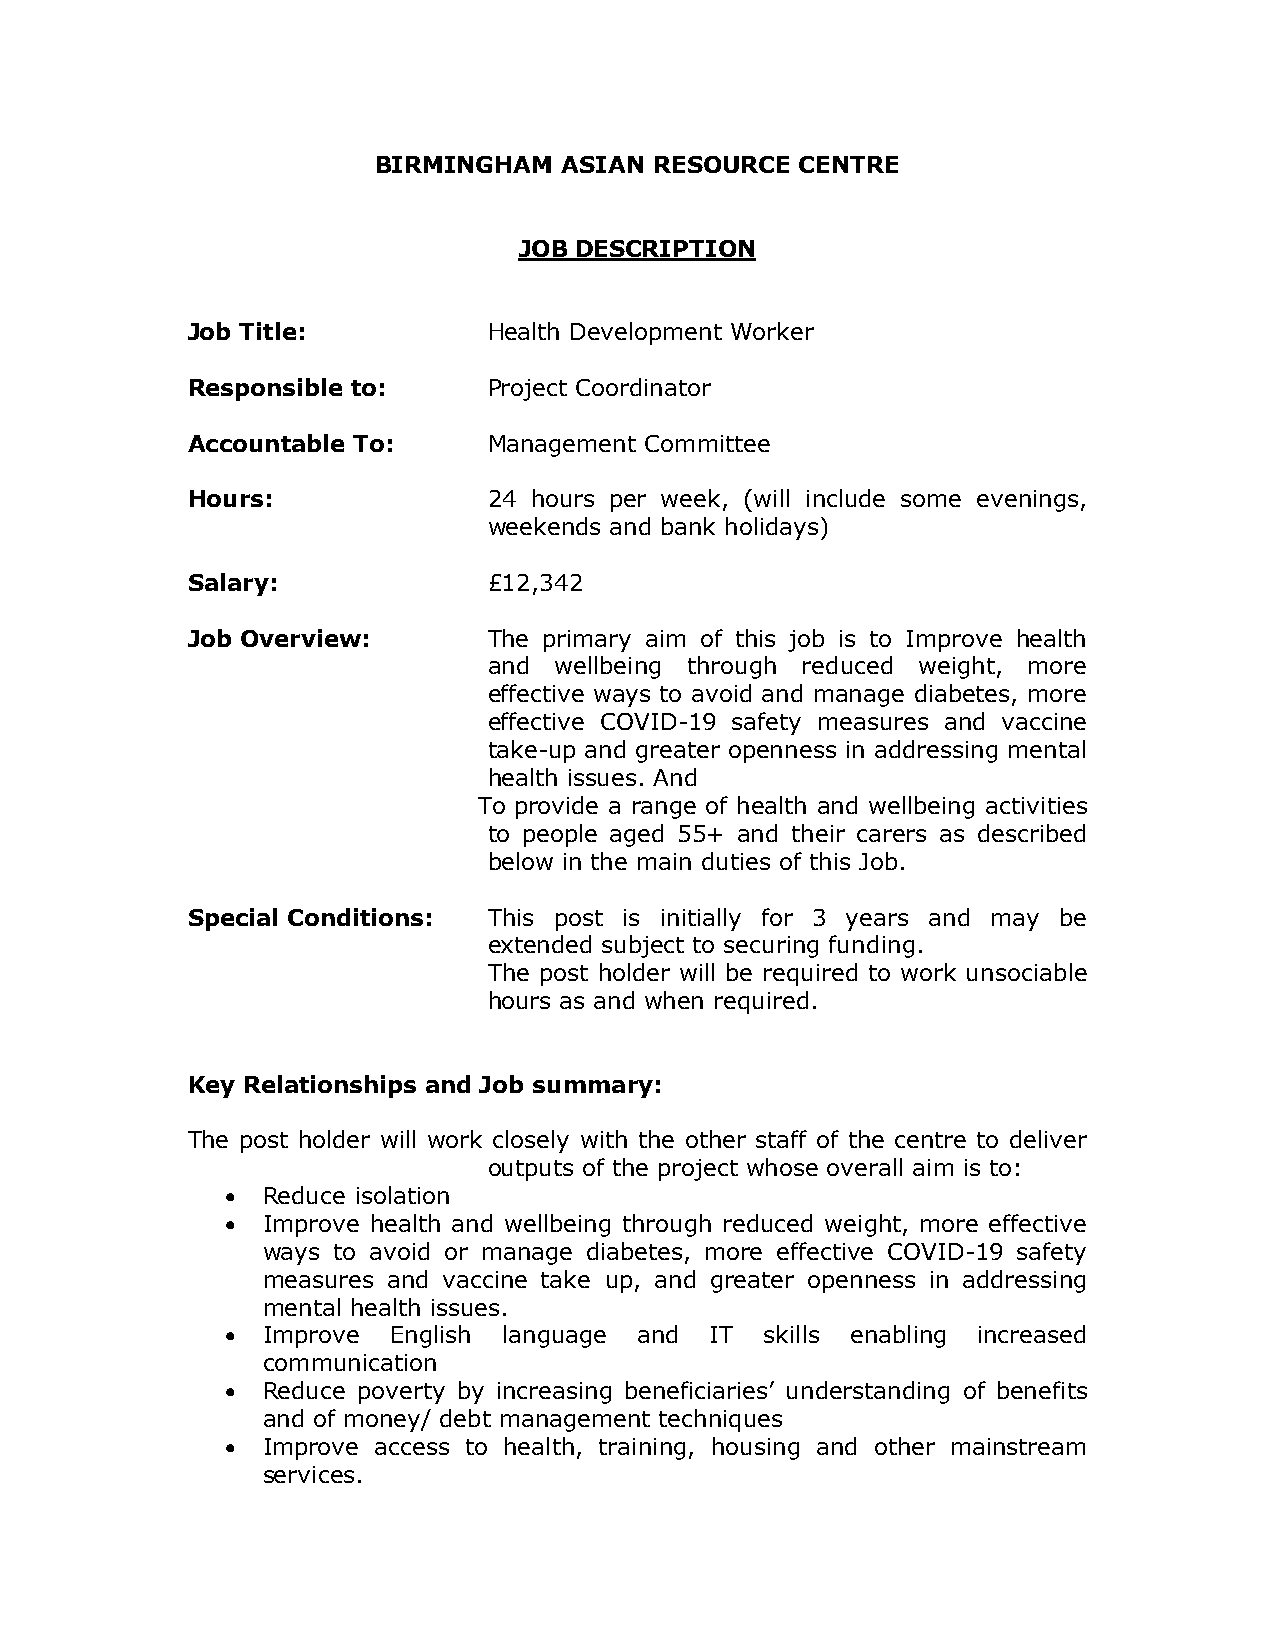
BIRMINGHAM  ASIAN RESOURCE  CENTRE
 JOB DESCRIPTION
 Job Title:          Health Development Worker
 Responsible to:     Project Coordinator
 Accountable To:     Management Committee
 Hours:              24 hours per week, (will include some evenings,
 weekends and bank holidays)
 Salary:             £12,342
 Job Overview:       The primary aim of this job is to Improve health
 and  wellbeing through reduced weight, more
 effective ways to avoid and manage diabetes, more
 effective COVID-19 safety measures and vaccine
 take-up and greater openness in addressing mental
 health issues. And
 To provide a range of health and wellbeing activities
 to people aged 55+ and their carers as described
 below in the main duties of this Job.
 Special Conditions: This post is initially for 3 years and may be
 extended subject to securing funding.
 The post holder will be required to work unsociable
 hours as and when required.
 Key Relationships and Job summary:
 The post holder will work closely with the other staff of the centre to deliver
 outputs of the project whose overall aim is to:
 • Reduce isolation
 • Improve health and wellbeing through reduced weight, more effective
 ways to avoid or manage diabetes, more effective COVID-19 safety
 measures and vaccine take up, and greater openness in addressing
 mental health issues.
 • Improve  English language and IT  skills enabling increased
 communication
 • Reduce poverty by increasing beneficiaries’ understanding of benefits
 and of money/ debt management techniques
 • Improve access to health, training, housing and other mainstream
 services.